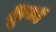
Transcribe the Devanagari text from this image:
तूण